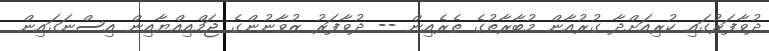
ދުވާފަރުގައި ކުރިއަށްދާ ގުރުއާން މުބާރާތުގެ ތެރެއިން -- ދުވާފަރު ޒުވާނުންގެ ޖަމްއިއްޔާއިން އިސްނަގައިން